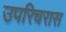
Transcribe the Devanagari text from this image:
उपरिचरास